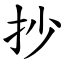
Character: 抄